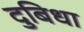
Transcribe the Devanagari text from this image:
दुबिधा